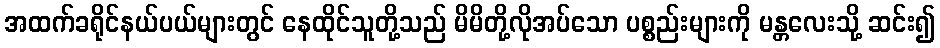
အထက်ခရိုင်နယ်ပယ်များတွင် နေထိုင်သူတို့သည် မိမိတို့လိုအပ်သော ပစ္စည်းများကို မန္တလေးသို့ ဆင်း၍